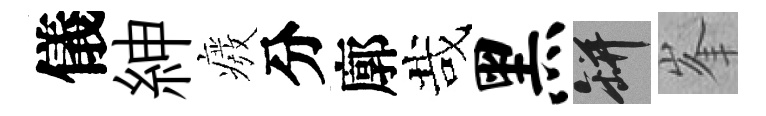
儀紳癈分廓哉黑瓶峯